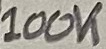
Text: 100K